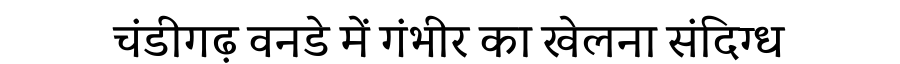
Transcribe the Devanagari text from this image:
चंडीगढ़ वनडे में गंभीर का खेलना संदिग्ध